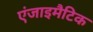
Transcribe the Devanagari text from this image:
एंजाइमैटिक